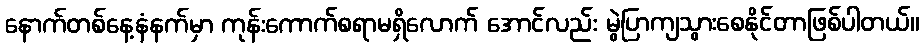
နောက်တစ်နေ့နံနက်မှာ ကုန်းကောက်စရာမရှိလောက် အောင်လည်း မွဲပြာကျသွားစေနိုင်တာဖြစ်ပါတယ်။